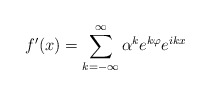
\begin{align*}f^{\prime }(x)=\sum_{k=-\infty }^{\infty }\alpha ^{k}e^{k\varphi }e^{ikx}\end{align*}